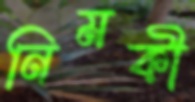
নিমকী